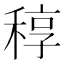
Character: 稕